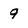
Character: 9